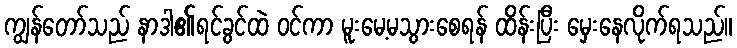
ကျွန်တော်သည် နာဒါ၏ရင်ခွင်ထဲ ဝင်ကာ မူးမေ့မသွားစေရန် ထိန်းပြီး မှေးနေလိုက်ရသည်။